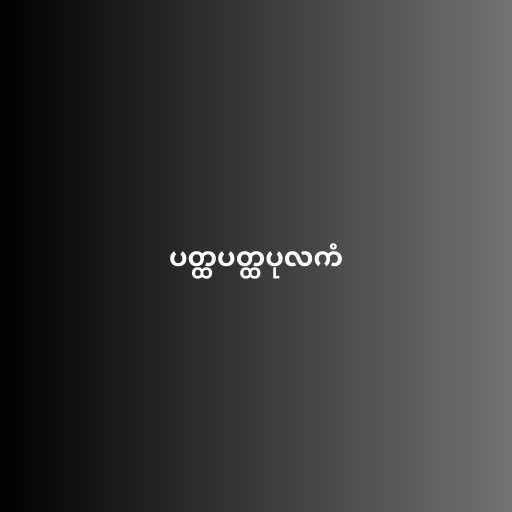
ပတ္ထပတ္ထပုလကံ